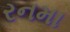
રનમા